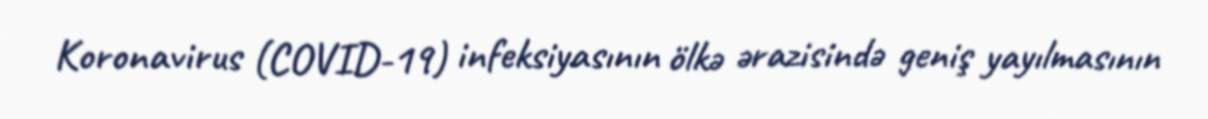
Koronavirus (COVID-19) infeksiyasının ölkə ərazisində geniş yayılmasının